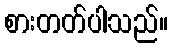
စားတတ်ပါသည်။